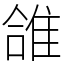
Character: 䧻